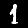
Digit: 1